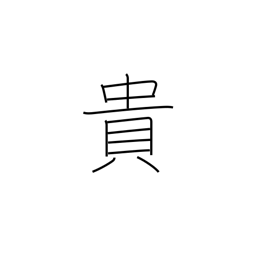
Meaning: precious